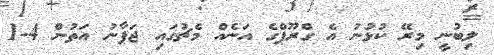
ލިބުނީ މިރޭ ކުޅުނު އެ ގްރޫޕްގެ އަނެއް މެޗުގައި ޖަޕާނު އަތުން 4-1